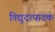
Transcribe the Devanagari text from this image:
विद्युदत्पादक